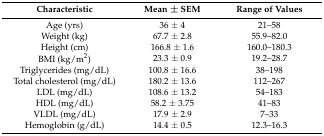
<table><thead><tr><td><b>Characteristic</b></td><td><b>Mean ± SEM</b></td><td><b>Range of Values</b></td></tr></thead><tbody><tr><td>Age (yrs)</td><td>36 ± 4</td><td>21–58</td></tr><tr><td>Weight (kg)</td><td>67.7 ± 2.8</td><td>55.9–82.0</td></tr><tr><td>Height (cm)</td><td>166.8 ± 1.6</td><td>160.0–180.3</td></tr><tr><td>BMI (kg/m<sup>2</sup>)</td><td>23.3 ± 0.9</td><td>19.2–28.7</td></tr><tr><td>Triglycerides (mg/dL)</td><td>100.8 ± 16.6</td><td>38–198</td></tr><tr><td>Total cholesterol (mg/dL)</td><td>180.2 ± 13.6</td><td>112–267</td></tr><tr><td>LDL (mg/dL) </td><td>108.6 ± 13.2</td><td>54–183</td></tr><tr><td>HDL (mg/dL) </td><td>58.2 ± 3.75</td><td>41–83</td></tr><tr><td>VLDL (mg/dL) </td><td>17.9 ± 2.9</td><td>7–33</td></tr><tr><td>Hemoglobin (g/dL) </td><td>14.4 ± 0.5</td><td>12.3–16.3</td></tr></tbody></table>